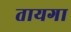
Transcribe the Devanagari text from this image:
तायगा